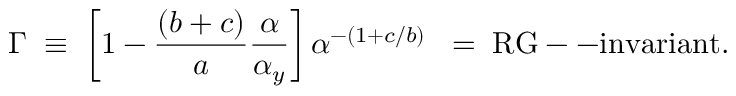
\Gamma \; \equiv \; \left[ 1 - { \frac { ( b + c ) } { a } } { \frac { \alpha } { \alpha _ { y } } } \right] \alpha ^ { - ( 1 + c / b ) } \; \; = \; \mathrm { R G - - i n v a r i a n t } .